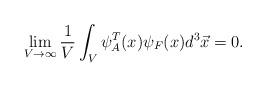
LaTeX: \begin{align*}\lim_{V \rightarrow \infty} \frac{1}{V}\int_V \psi_A^T(x) \psi_F(x) d^3 \vec x=0.\end{align*}